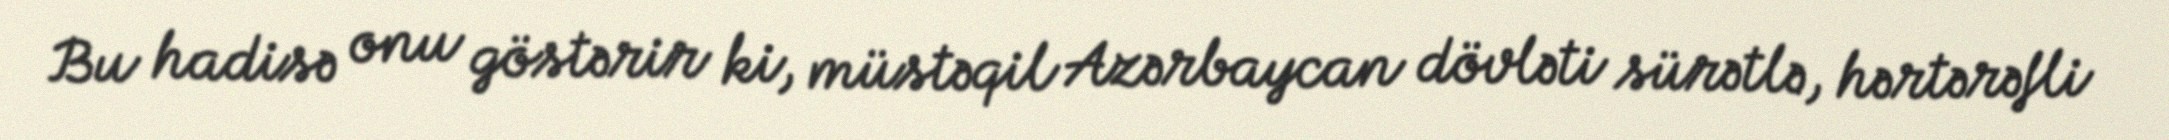
Bu hadisə onu göstərir ki, müstəqil Azərbaycan dövləti sürətlə, hərtərəfli